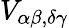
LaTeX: V_{\alpha\beta,\delta\gamma}